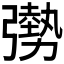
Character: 𫸾